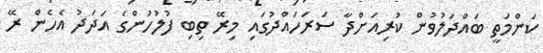
ކަންމަތީ ބައްދަލުވުން ކުރިއަށްދާ ސަރަހައްދުގައި މިރޭ ތިބި ފުލުހުންގެ އަދަދު އެހެން ރޭ